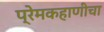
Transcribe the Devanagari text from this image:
प्रेमकहाणीचा